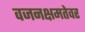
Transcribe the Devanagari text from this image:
वजनक्षमतेवर